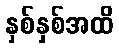
နှစ်နှစ်အထိ